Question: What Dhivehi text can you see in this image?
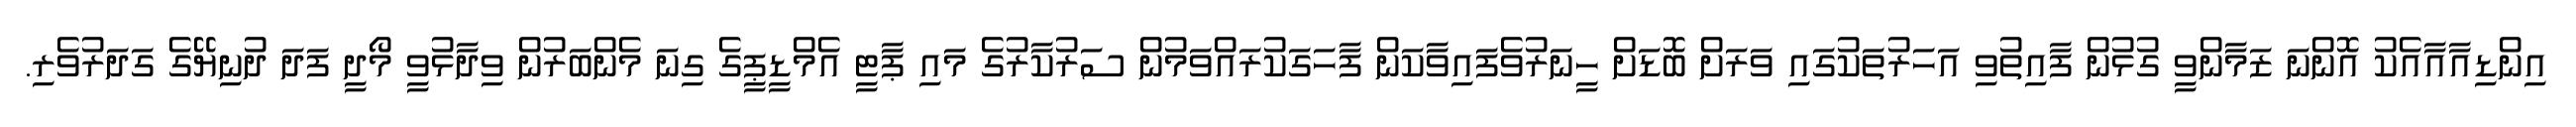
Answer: އިންޑިއާއާއެކު އޮންނަ ޒަމާންވީ ގުޅުން ފާއިތުވި އަހަރުތަކުގައި ވަރަށް ބޮޑަށް ހީނަރުވެފައިވާކަން ފާހަގަކުރައްވަމުން ސަރުކާރުގެ މައި ޕާޓީ އެމްޑީޕީގެ ގިނަ މެންބަރުން ވިދާޅުވީ މޯދީ ފަދަ ދުނިޔޭގެ ގަދަރުވެރި.